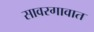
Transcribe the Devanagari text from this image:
सावरगावात